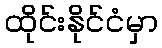
ထိုင်းနိုင်ငံမှာ